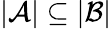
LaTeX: |{\mathcal{A}}|\subseteq|{\mathcal{B}}|